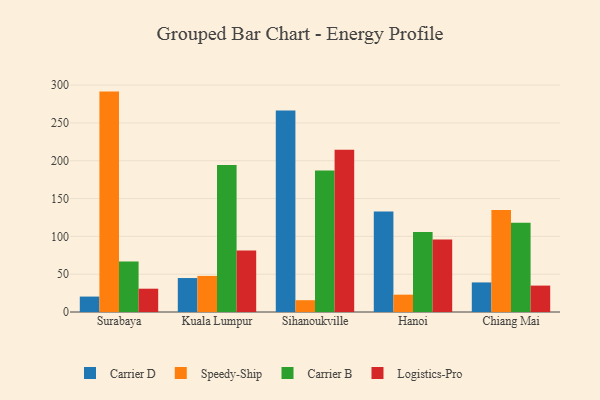
{"axis": {"x": "City", "y": "Bounce Rate (%)"}, "legend": ["Carrier B", "Carrier D", "Logistics-Pro", "Speedy-Ship"], "data": [{"x": "Surabaya", "y": 20.4, "type": "Carrier D"}, {"x": "Surabaya", "y": 291.4, "type": "Speedy-Ship"}, {"x": "Surabaya", "y": 66.8, "type": "Carrier B"}, {"x": "Surabaya", "y": 30.8, "type": "Logistics-Pro"}, {"x": "Kuala Lumpur", "y": 44.9, "type": "Carrier D"}, {"x": "Kuala Lumpur", "y": 47.7, "type": "Speedy-Ship"}, {"x": "Kuala Lumpur", "y": 194.5, "type": "Carrier B"}, {"x": "Kuala Lumpur", "y": 81.3, "type": "Logistics-Pro"}, {"x": "Sihanoukville", "y": 266.5, "type": "Carrier D"}, {"x": "Sihanoukville", "y": 15.6, "type": "Speedy-Ship"}, {"x": "Sihanoukville", "y": 187.0, "type": "Carrier B"}, {"x": "Sihanoukville", "y": 214.4, "type": "Logistics-Pro"}, {"x": "Hanoi", "y": 133.0, "type": "Carrier D"}, {"x": "Hanoi", "y": 22.9, "type": "Speedy-Ship"}, {"x": "Hanoi", "y": 105.7, "type": "Carrier B"}, {"x": "Hanoi", "y": 95.8, "type": "Logistics-Pro"}, {"x": "Chiang Mai", "y": 39.1, "type": "Carrier D"}, {"x": "Chiang Mai", "y": 134.7, "type": "Speedy-Ship"}, {"x": "Chiang Mai", "y": 118.0, "type": "Carrier B"}, {"x": "Chiang Mai", "y": 34.9, "type": "Logistics-Pro"}]}